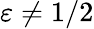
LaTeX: \varepsilon\neq 1/2